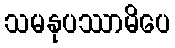
သမနုပဿာမိပေ